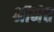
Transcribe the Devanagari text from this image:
श्रीनेत